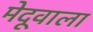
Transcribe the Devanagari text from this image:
मेदूवाला